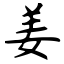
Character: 姜